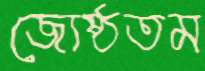
জ্যেষ্ঠতম